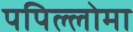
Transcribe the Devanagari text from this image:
पपिल्लोमा